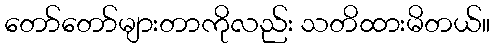
တော်တော်များတာကိုလည်း သတိထားမိတယ်။